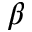
\beta